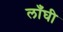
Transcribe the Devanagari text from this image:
लाँघी